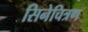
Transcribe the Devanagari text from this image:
सिनेचित्रण